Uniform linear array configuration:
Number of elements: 48
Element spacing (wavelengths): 1
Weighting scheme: blackman
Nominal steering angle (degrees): -30
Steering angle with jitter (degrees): -29.765
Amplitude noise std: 0.05
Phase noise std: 0.05

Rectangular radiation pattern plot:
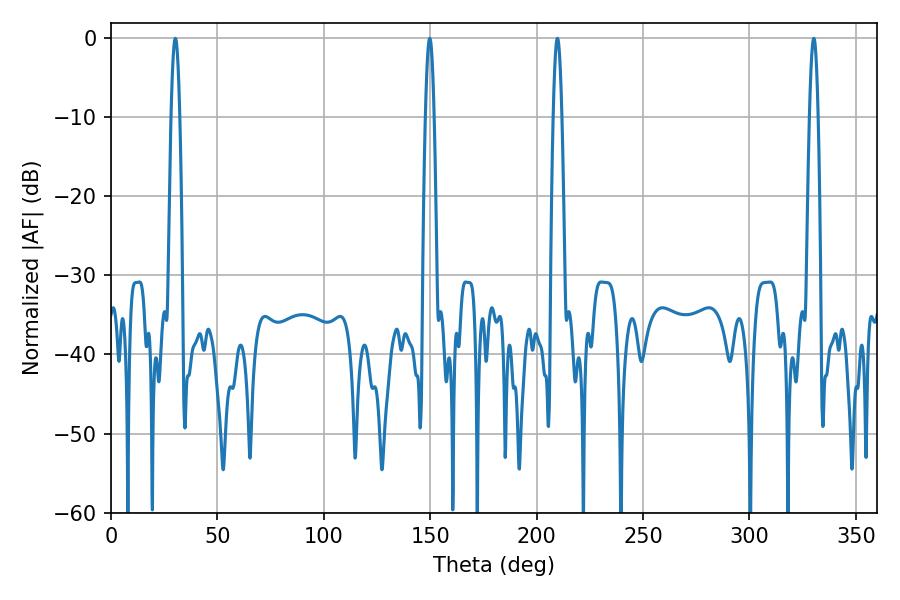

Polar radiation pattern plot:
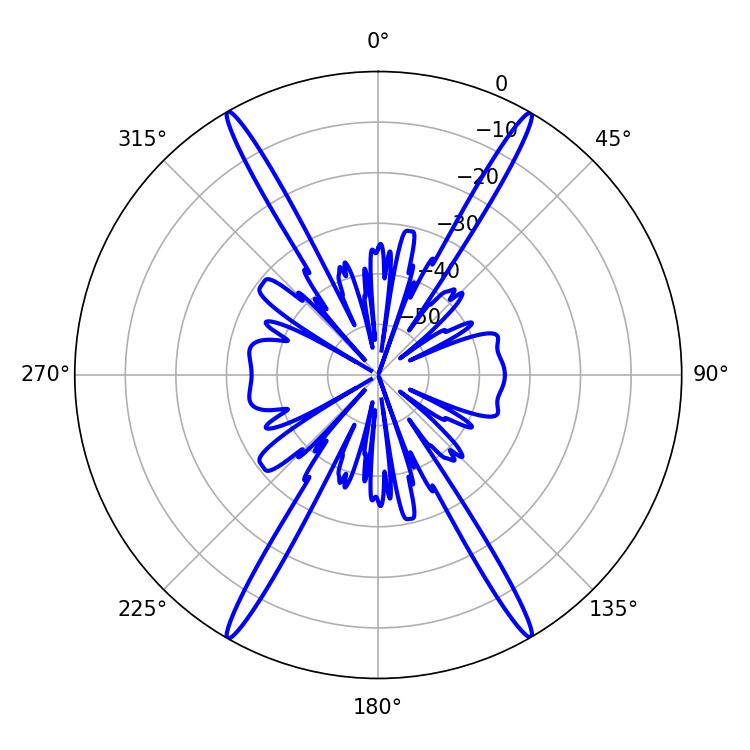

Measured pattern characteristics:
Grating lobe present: TRUE
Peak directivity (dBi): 35.361
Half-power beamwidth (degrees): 2.16
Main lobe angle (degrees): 149.76